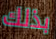
بذلك